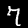
Label: 7